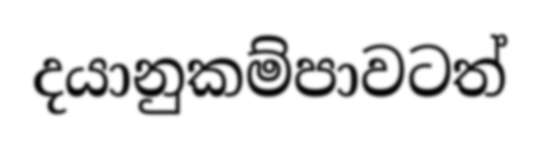
දයානුකම්පාවටත්